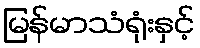
မြန်မာသံရုံးနှင့်